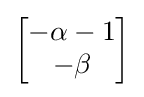
{\begin{bmatrix}-\alpha -1\\-\beta \end{bmatrix}}